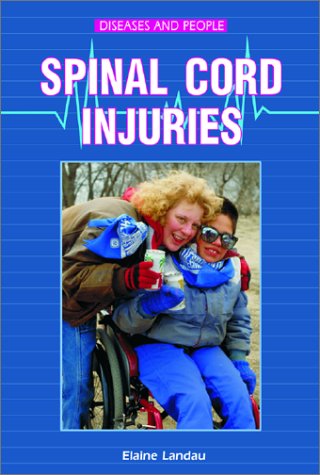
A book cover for Spinal Cord Injuries (Diseases and People); Elaine Landau; Teen & Young Adult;